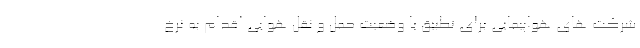
شرکت های هواپیمایی برای تطبیق با وضعیت حمل و نقل هوایی اقدام به نرخ